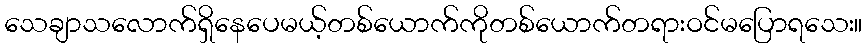
သေချာသလောက်ရှိနေပေမယ့်တစ်ယောက်ကိုတစ်ယောက်တရားဝင်မပြောရသေး။